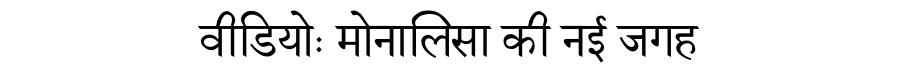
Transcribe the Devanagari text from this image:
वीडियोः मोनालिसा की नई जगह